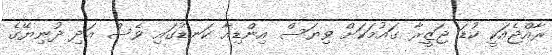
ރާއްޖެއަކީ ކުޑަ ޖަޒީރާ ގައުމަކަށް ވިޔަސް އިންޑިއާ ކަނޑުގައި ވެސް އަދި ދުނިޔޭގެ